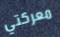
معركتي